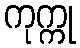
ကုက္ကု